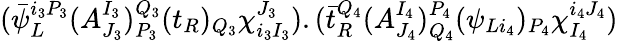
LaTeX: (\bar{\psi}_{L}^{i_{3}P_{3}}(A_{J_{3}}^{I_{3}})_{P_{3}}^{Q_{3}}(t_{R})_{Q_{3}}\chi_{i_{3}I_{3}}^{J_{3}}).(\bar{t}_{R}^{Q_{4}}(A_{J_{4}}^{I_{4}})_{Q_{4}}^{P_{4}}(\psi_{Li_{4}})_{P_{4}}\chi_{I_{4}}^{i_{4}J_{4}})